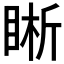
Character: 𥇦